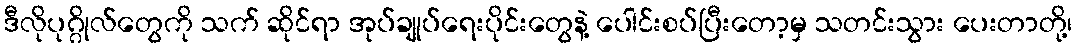
ဒီလိုပုဂ္ဂိုလ်တွေကို သက် ဆိုင်ရာ အုပ်ချုပ်ရေးပိုင်းတွေနဲ့ ပေါင်းစပ်ပြီးတော့မှ သတင်းသွား ပေးတာတို့၊